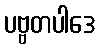
ပဗ္ဗတပါဒေ